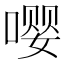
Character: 嘤